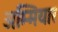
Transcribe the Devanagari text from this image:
अम्मियार